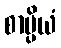
စာပ္ပိယံ